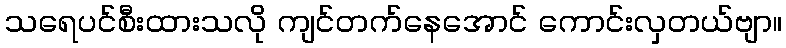
သရေပင်စီးထားသလို ကျင်တက်နေအောင် ကောင်းလှတယ်ဗျာ။